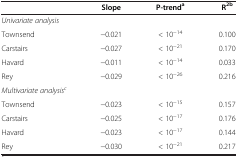
<table><thead><tr><td><b> </b></td><td><b>Slope</b></td><td><b>P-trend<sup>a</sup></b></td><td><b>R<sup>2b</sup></b></td></tr></thead><tbody><tr><td><i>Univariate analysis</i></td><td> </td><td> </td><td> </td></tr><tr><td>Townsend</td><td>−0.021</td><td>&lt; 10<sup>−14</sup></td><td>0.100</td></tr><tr><td>Carstairs</td><td>−0.027</td><td>&lt; 10<sup>−21</sup></td><td>0.170</td></tr><tr><td>Havard</td><td>−0.011</td><td>&lt; 10<sup>−14</sup></td><td>0.033</td></tr><tr><td>Rey</td><td>−0.029</td><td>&lt; 10<sup>−26</sup></td><td>0.216</td></tr><tr><td><i>Multivariate analysis</i><sup><i>c</i></sup></td><td> </td><td> </td><td> </td></tr><tr><td>Townsend</td><td>−0.023</td><td>&lt; 10<sup>−15</sup></td><td>0.157</td></tr><tr><td>Carstairs</td><td>−0.025</td><td>&lt; 10<sup>−17</sup></td><td>0.176</td></tr><tr><td>Havard</td><td>−0.023</td><td>&lt; 10<sup>−17</sup></td><td>0.144</td></tr><tr><td>Rey</td><td>−0.030</td><td>&lt; 10<sup>−21</sup></td><td>0.217</td></tr></tbody></table>